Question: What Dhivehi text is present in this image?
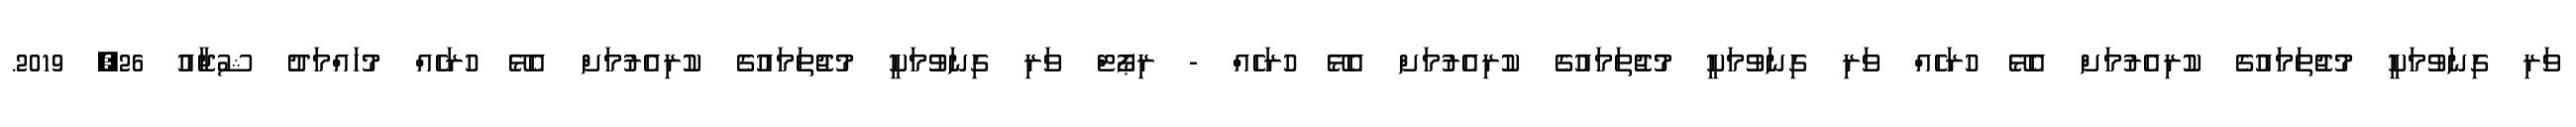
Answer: ވަރި ގިނަވުމަކީ މުޖުތަމައުގެ ކުރިއެރުމަށް އެޅޭ ހުރަހެއް ވަރި ގިނަވުމަކީ މުޖުތަމައުގެ ކުރިއެރުމަށް އެޅޭ ހުރަހެއް - ރިޕޯޓް ވަރި ގިނަވުމަކީ މުޖުތަމައުގެ ކުރިއެރުމަށް އެޅޭ ހުރަހެއް މުހައްމަދު ޝުޖާއު 26, 2019.